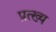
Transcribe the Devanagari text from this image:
प्रत्ख्य